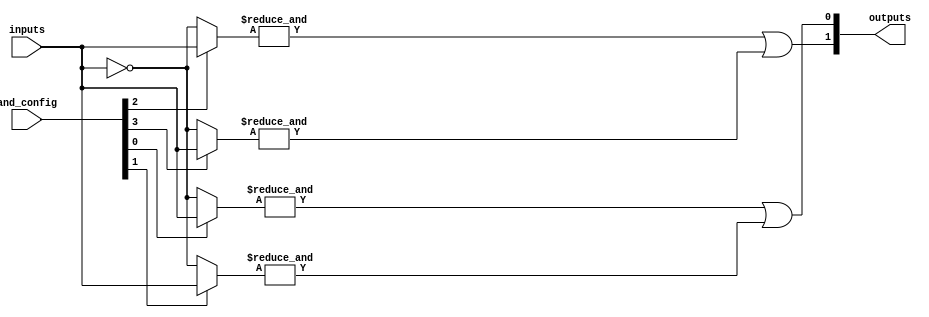
module jewel_pal #(
    parameter NUM_AND_GATES = 4, // Number of programmable AND gates
    parameter NUM_OR_GATES = 2,   // Number of fixed OR gates
    parameter NUM_INPUTS = 4      // Number of input pins
)(
    input wire [NUM_INPUTS-1:0] inputs,            // Input pins
    input wire [NUM_AND_GATES-1:0] and_config,     // Configuration for AND gates
    output wire [NUM_OR_GATES-1:0] outputs          // Output pins
);

// Internal wires for AND gate outputs
wire [NUM_AND_GATES-1:0] and_outputs;

// Programmable AND gates
genvar i;
generate
    for (i = 0; i < NUM_AND_GATES; i = i + 1) begin : and_gates
        wire [NUM_INPUTS-1:0] and_inputs;
        
        // Connect inputs based on the configuration
        assign and_inputs = (and_config[i]) ? inputs : ~inputs; // Example config
        assign and_outputs[i] = &and_inputs; // AND operation
    end
endgenerate

// Fixed OR gates
assign outputs[0] = and_outputs[0] | and_outputs[1]; // OR gate 1
assign outputs[1] = and_outputs[2] | and_outputs[3]; // OR gate 2

endmodule